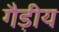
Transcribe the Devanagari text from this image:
गैड़ीय